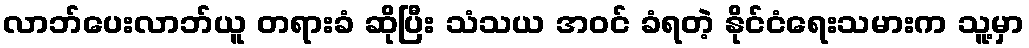
လာဘ်ပေးလာဘ်ယူ တရားခံ ဆိုပြီး သံသယ အဝင် ခံရတဲ့ နိုင်ငံရေးသမားက သူ့မှာ